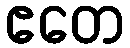
ဧတေ